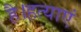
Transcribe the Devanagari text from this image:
है।हत्याएं